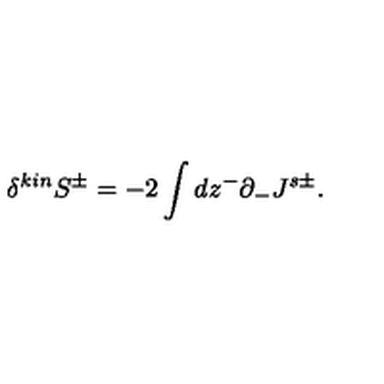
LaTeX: \delta ^ { k i n } S ^ { \pm } = - 2 \int d z ^ { - } \partial _ { - } J ^ { s \pm } .